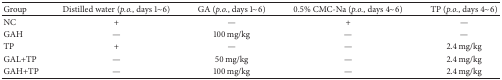
<table><thead><tr><td><b>Group</b></td><td><b>Distilled water (<i>p.o.</i>, days 1~6)</b></td><td><b>GA (<i>p.o.</i>, days 1~6)</b></td><td><b>0.5% CMC-Na (<i>p.o.</i>, days 4~6)</b></td><td><b>TP (<i>p.o.</i>, days 4~6)</b></td></tr></thead><tbody><tr><td>NC</td><td>+</td><td>—</td><td>+</td><td>—</td></tr><tr><td>GAH</td><td>—</td><td>100 mg/kg</td><td>—</td><td>—</td></tr><tr><td>TP</td><td>+</td><td>—</td><td>—</td><td>2.4 mg/kg</td></tr><tr><td>GAL+TP</td><td>—</td><td>50 mg/kg</td><td>—</td><td>2.4 mg/kg</td></tr><tr><td>GAH+TP</td><td>—</td><td>100 mg/kg</td><td>—</td><td>2.4 mg/kg</td></tr></tbody></table>